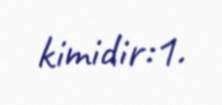
kimidir:1.